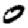
Digit: 0